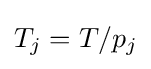
T_{j}=T/p_{j}